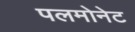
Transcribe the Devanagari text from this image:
पलमोनेट